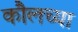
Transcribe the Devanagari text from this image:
कौलच्या